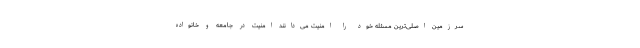
سرزمین اصلی‌ترین مسئله خود را امنیت می‌دانند امنیت در جامعه و خانواده